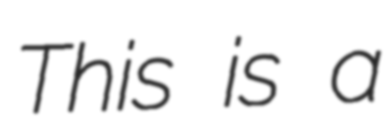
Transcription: This is a